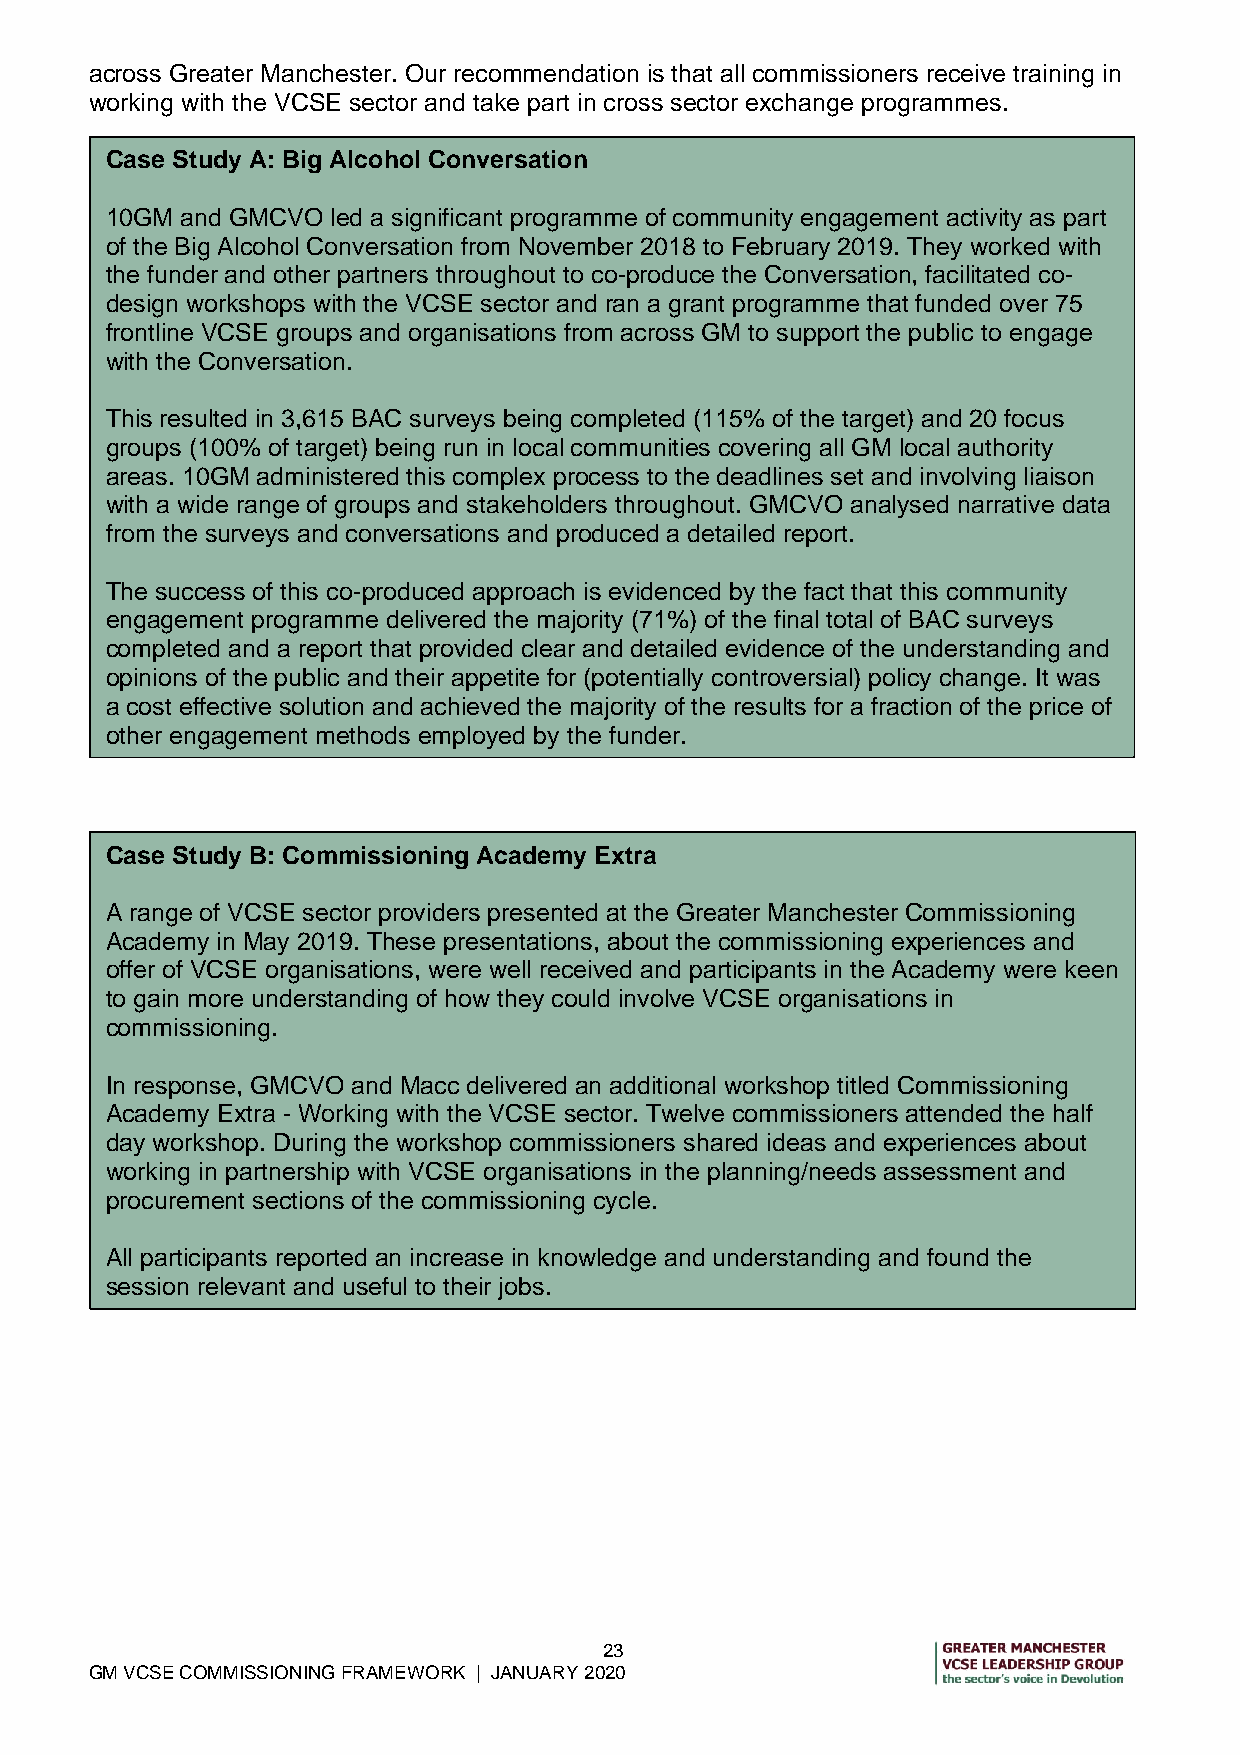
across Greater Manchester. Our recommendation is that all commissioners receive training in
 working with the VCSE sector and take part in cross sector exchange programmes.
 Case Study A: Big Alcohol Conversation
 10GM and GMCVO led a significant programme of community engagement activity as part
 of the Big Alcohol Conversation from November 2018 to February 2019. They worked with
 the funder and other partners throughout to co-produce the Conversation, facilitated co-
 design workshops with the VCSE sector and ran a grant programme that funded over 75
 frontline VCSE groups and organisations from across GM to support the public to engage
 with the Conversation.
 This resulted in 3,615 BAC surveys being completed (115% of the target) and 20 focus
 groups (100% of target) being run in local communities covering all GM local authority
 areas. 10GM administered this complex process to the deadlines set and involving liaison
 with a wide range of groups and stakeholders throughout. GMCVO analysed narrative data
 from the surveys and conversations and produced a detailed report.
 The success of this co-produced approach is evidenced by the fact that this community
 engagement programme delivered the majority (71%) of the final total of BAC surveys
 completed and a report that provided clear and detailed evidence of the understanding and
 opinions of the public and their appetite for (potentially controversial) policy change. It was
 a cost effective solution and achieved the majority of the results for a fraction of the price of
 other engagement methods employed by the funder.
 Case Study B: Commissioning Academy Extra
 A range of VCSE sector providers presented at the Greater Manchester Commissioning
 Academy in May 2019. These presentations, about the commissioning experiences and
 offer of VCSE organisations, were well received and participants in the Academy were keen
 to gain more understanding of how they could involve VCSE organisations in
 commissioning.
 In response, GMCVO and Macc delivered an additional workshop titled Commissioning
 Academy Extra - Working with the VCSE sector. Twelve commissioners attended the half
 day workshop. During the workshop commissioners shared ideas and experiences about
 working in partnership with VCSE organisations in the planning/needs assessment and
 procurement sections of the commissioning cycle.
 All participants reported an increase in knowledge and understanding and found the
 session relevant and useful to their jobs.
 23
 GM VCSE COMMISSIONING FRAMEWORK | JANUARY 2020